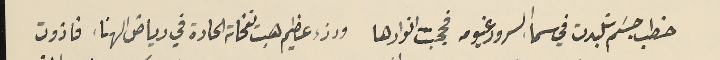
خطب جسَم تلبدت في سمآ السرور غيومه فحجبت انوارها ورزء عظيم هبت نفحاته الحادة في رياض الهناء فاذوت